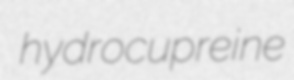
hydrocupreine